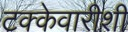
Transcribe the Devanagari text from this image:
टक्केवारीशी